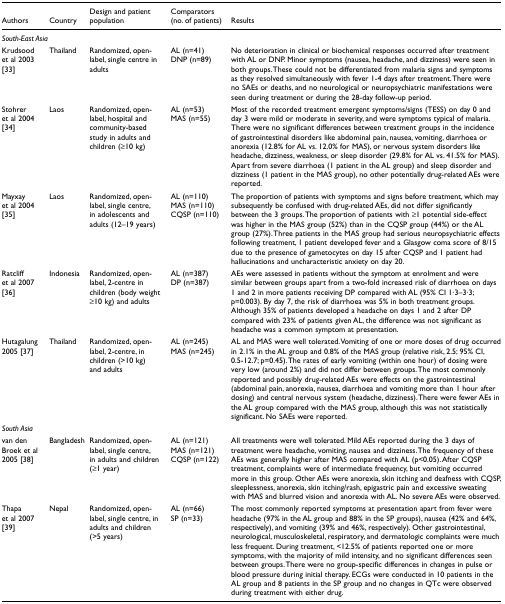
<table><thead><tr><td><b>Authors</b></td><td><b>Country</b></td><td><b>Design and patient population</b></td><td><b>Comparators (no. of patients)</b></td><td><b>Results</b></td></tr></thead><tbody><tr><td><i>South-East Asia</i></td><td></td><td></td><td></td><td></td></tr><tr><td>Krudsood et al 2003 [33]</td><td>Thailand</td><td>Randomized, open-label, single centre in adults</td><td>AL (n = 41)DNP (n = 89)</td><td>No deterioration in clinical or biochemical responses occurred after treatment with AL or DNP. Minor symptoms (nausea, headache, and dizziness) were seen in both groups. These could not be differentiated from malaria signs and symptoms as they resolved simultaneously with fever 1-4 days after treatment. There were no SAEs or deaths, and no neurological or neuropsychiatric manifestations were seen during treatment or during the 28-day follow-up period.</td></tr><tr><td>Stohrer et al 2004 [34]</td><td>Laos</td><td>Randomized, open-label, hospital and community-based study in adults and children (≥ 10 kg)</td><td>AL (n = 53)MAS (n = 55)</td><td>Most of the recorded treatment emergent symptoms/signs (TESS) on day 0 and day 3 were mild or moderate in severity, and were symptoms typical of malaria.There were no significant differences between treatment groups in the incidence of gastrointestinal disorders like abdominal pain, nausea, vomiting, diarrhoea or anorexia (12.8% for AL vs. 12.0% for MAS), or nervous system disorders like headache, dizziness, weakness, or sleep disorder (29.8% for AL vs. 41.5% for MAS).Apart from severe diarrhoea (1 patient in the AL group) and sleep disorder and dizziness (1 patient in the MAS group), no other potentially drug-related AEs were reported.</td></tr><tr><td>Mayxay et al 2004 [35]</td><td>Laos</td><td>Randomized, open-label, single centre, in adolescents and adults (12-19 years)</td><td>AL (n = 110)MAS (n = 110)CQSP (n = 110)</td><td>The proportion of patients with symptoms and signs before treatment, which may subsequently be confused with drug-related AEs, did not differ significantly between the 3 groups. The proportion of patients with ≥ 1 potential side-effect was higher in the MAS group (52%) than in the CQSP group (44%) or the AL group (27%). Three patients in the MAS group had serious neuropsychiatric effects following treatment, 1 patient developed fever and a Glasgow coma score of 8/15 due to the presence of gametocytes on day 15 after CQSP and 1 patient had hallucinations and uncharacteristic anxiety on day 20.</td></tr><tr><td>Ratcliff et al 2007 [36]</td><td>Indonesia</td><td>Randomized, open-label, 2-centre in children (body weight ≥ 10 kg) and adults</td><td>AL (n = 387)DP (n = 387)</td><td>AEs were assessed in patients without the symptom at enrolment and were similar between groups apart from a two-fold increased risk of diarrhoea on days 1 and 2 in more patients receiving DP compared with AL (95% CI 1.3-3.3; p = 0.003). By day 7, the risk of diarrhoea was 5% in both treatment groups.Although 35% of patients developed a headache on days 1 and 2 after DP compared with 23% of patients given AL, the difference was not significant as headache was a common symptom at presentation.</td></tr><tr><td>Hutagalung 2005 [37]</td><td>Thailand</td><td>Randomized, open-label, 2-centre, in children (&gt;10 kg) and adults</td><td>AL (n = 245)MAS (n = 245)</td><td>AL and MAS were well tolerated. Vomiting of one or more doses of drug occurred in 2.1% in the AL group and 0.8% of the MAS group (relative risk, 2.5; 95% CI, 0.5-12.7; p = 0.45). The rates of early vomiting (within one hour) of dosing were very low (around 2%) and did not differ between groups. The most commonly reported and possibly drug-related AEs were effects on the gastrointestinal (abdominal pain, anorexia, nausea, diarrhoea and vomiting more than 1 hour after dosing) and central nervous system (headache, dizziness). There were fewer AEs in the AL group compared with the MAS group, although this was not statistically significant. No SAEs were reported.</td></tr><tr><td><i>South Asia</i></td><td></td><td></td><td></td><td></td></tr><tr><td>van den Broek et al 2005 [38]</td><td>Bangladesh</td><td>Randomized, open-label, single centre, in adults and children (≥ 1 year)</td><td>AL (n = 121)MAS (n = 121)CQSP (n = 122)</td><td>All treatments were well tolerated. Mild AEs reported during the 3 days of treatment were headache, vomiting, nausea and dizziness. The frequency of these AEs was generally higher after MAS compared with AL (p &lt; 0.05). After CQSP treatment, complaints were of intermediate frequency, but vomiting occurred more in this group. Other AEs were anorexia, skin itching and deafness with CQSP, sleeplessness, anorexia, skin itching/rash, epigastric pain and excessive sweating with MAS and blurred vision and anorexia with AL. No severe AEs were observed.</td></tr><tr><td>Thapa et al 2007 [39]</td><td>Nepal</td><td>Randomized, open-label, single centre, in adults and children (&gt;5 years)</td><td>AL (n = 66)SP (n = 33)</td><td>The most commonly reported symptoms at presentation apart from fever were headache (97% in the AL group and 88% in the SP groups), nausea (42% and 64%, respectively), and vomiting (39% and 46%, respectively). Other gastrointestinal, neurological, musculoskeletal, respiratory, and dermatologic complaints were much less frequent. During treatment, &lt;12.5% of patients reported one or more symptoms, with the majority of mild intensity, and no significant differences seen between groups. There were no group-specific differences in changes in pulse or blood pressure during initial therapy. ECGs were conducted in 10 patients in the AL group and 8 patients in the SP group and no changes in QTc were observed during treatment with either drug.</td></tr></tbody></table>